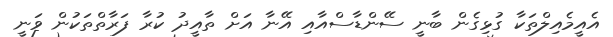
އެއީމެއިލްތަކާ ގުޅިގެން ބާނީ ސޭންޑާސްއާއި އޭނާ އަށް ތާއީދު ކުރާ ފަރާތްތަކުން ވަނީ